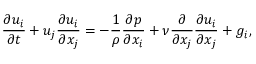
\frac { \partial u _ { i } } { \partial t } + u _ { j } \frac { \partial u _ { i } } { \partial x _ { j } } = - \frac { 1 } { \rho } \frac { \partial p } { \partial x _ { i } } + \nu \frac { \partial } { \partial x _ { j } } \frac { \partial u _ { i } } { \partial x _ { j } } + g _ { i } ,